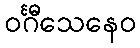
ဝင်္ဂီသေနေဝ